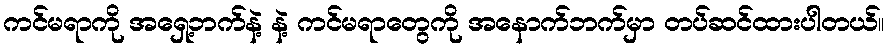
ကင်မရာကို အရှေ့ဘက်နဲ့ နဲ့ ကင်မရာတွေကို အနောက်ဘက်မှာ တပ်ဆင်ထားပါတယ်။